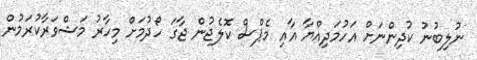
ނުލިބުނު ކުދިންނަށް އަހުމަދިއްޔާ އާއި މެޕްސް ކޮލެޖުން ޖާގަ ހޯދުމަށް މިހާރު މަޝްވަރާކުރަމުން